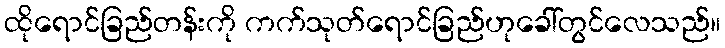
ထိုရောင်ခြည်တန်းကို ကက်သုတ်ရောင်ခြည်ဟုခေါ်တွင်လေသည်။